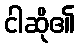
ငါဆို၏